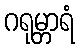
ဂရုမ္ဘာရံ